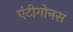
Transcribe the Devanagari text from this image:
एंटीगोनस